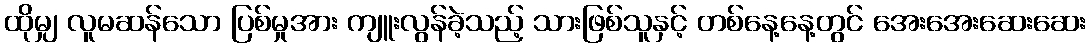
ထိုမျှ လူမဆန်သော ပြစ်မှုအား ကျူးလွန်ခဲ့သည့် သားဖြစ်သူနှင့် တစ်နေ့နေ့တွင် အေးအေးဆေးဆေး